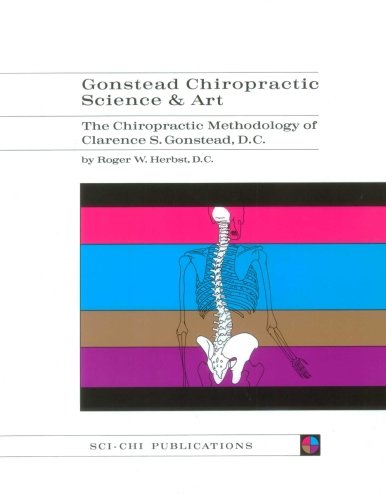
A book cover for Gonstead Chiropractic Science & Art: The Chiropractic Methodology of Clarence S. Gonstead, D.C.; Roger Herbst D.C.; Medical Books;